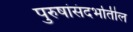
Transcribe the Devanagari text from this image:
पुरुषांसंदर्भातील